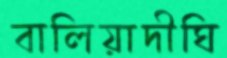
বালিয়াদীঘি